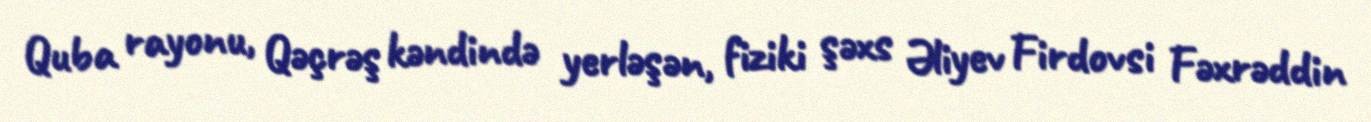
Quba rayonu, Qəçrəş kəndində yerləşən, fiziki şəxs Əliyev Firdovsi Fəxrəddin